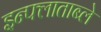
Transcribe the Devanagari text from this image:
इन्फ्लाताब्ले